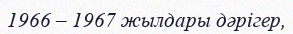
1966 – 1967 жылдары дәрігер,